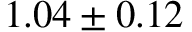
1 . 0 4 \pm 0 . 1 2